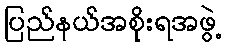
ပြည်နယ်အစိုးရအဖွဲ့